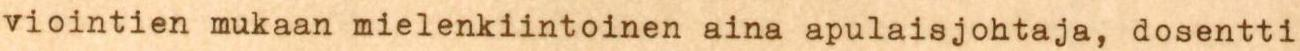
viointien mukaan mielenkiintoinen aina apulaisjohtaja, dosentti